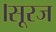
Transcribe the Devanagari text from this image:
।सूरज